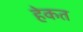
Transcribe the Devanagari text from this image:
हेकत